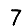
Digit: 7